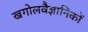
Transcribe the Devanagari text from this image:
खगोलवैज्ञानिकों